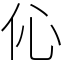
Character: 伈